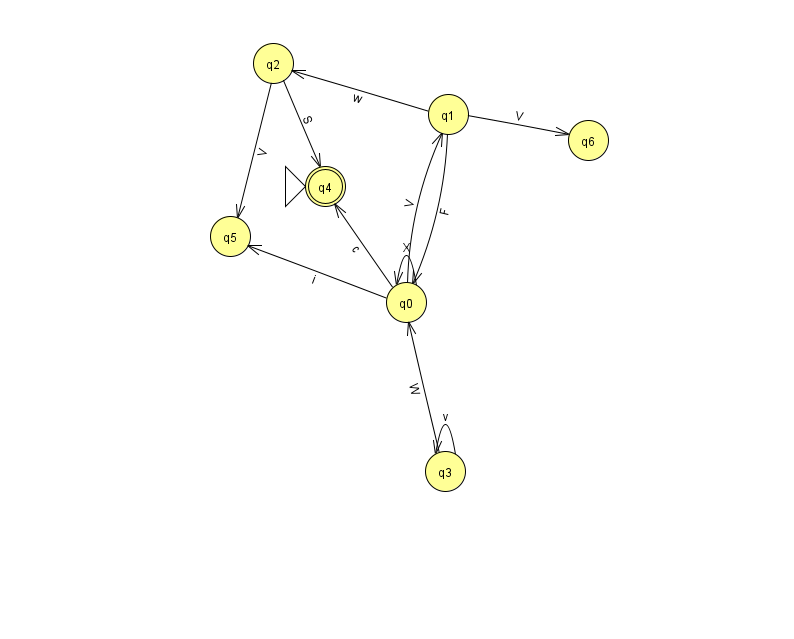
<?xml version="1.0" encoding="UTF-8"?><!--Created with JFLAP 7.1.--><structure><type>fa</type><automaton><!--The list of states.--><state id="0" name="q0"><x>406.0</x><y>289.0</y></state><state id="1" name="q1"><x>448.0</x><y>101.0</y></state><state id="2" name="q2"><x>273.0</x><y>50.0</y></state><state id="3" name="q3"><x>445.0</x><y>458.0</y></state><state id="4" name="q4"><x>325.0</x><y>173.0</y><initial/><final/></state><state id="5" name="q5"><x>230.0</x><y>223.0</y></state><state id="6" name="q6"><x>588.0</x><y>127.0</y></state><!--The list of transitions.--><transition><from>2</from><to>5</to><read>V</read></transition><transition><from>0</from><to>4</to><read>c</read></transition><transition><from>0</from><to>5</to><read>i</read></transition><transition><from>1</from><to>2</to><read>w</read></transition><transition><from>3</from><to>3</to><read>v</read></transition><transition><from>0</from><to>0</to><read>X</read></transition><transition><from>1</from><to>6</to><read>V</read></transition><transition><from>3</from><to>0</to><read>W</read></transition><transition><from>0</from><to>1</to><read>V</read></transition><transition><from>1</from><to>0</to><read>F</read></transition><transition><from>2</from><to>4</to><read>S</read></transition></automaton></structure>